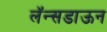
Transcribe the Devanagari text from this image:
लॅन्सडाऊन